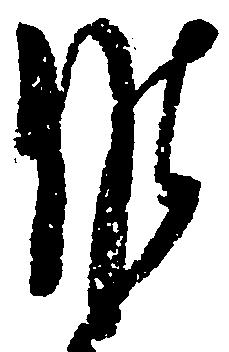
候